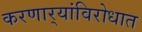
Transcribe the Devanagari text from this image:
करणार्‍यांविरोधात